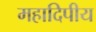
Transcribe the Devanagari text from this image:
महादिपीय